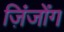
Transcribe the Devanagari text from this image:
ज़िंजोंग